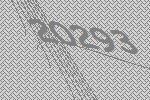
20293